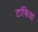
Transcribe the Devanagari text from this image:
टांकियां